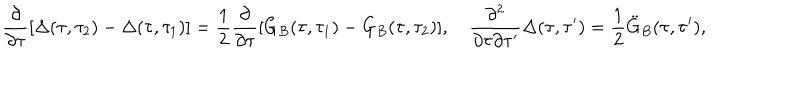
\frac { \partial } { \partial \tau } [ \Delta ( \tau , \tau _ { 2 } ) - \Delta ( \tau , \tau _ { 1 } ) ] = { \frac { 1 } { 2 } } \frac { \partial } { \partial \tau } [ G _ { B } ( \tau , \tau _ { 1 } ) - G _ { B } ( \tau , \tau _ { 2 } ) ] , \quad \frac { \partial ^ { 2 } } { \partial \tau \partial \tau ^ { \prime } } \Delta ( \tau , \tau ^ { \prime } ) = { \frac { 1 } { 2 } } \ddot { G } _ { B } ( \tau , \tau ^ { \prime } ) ,